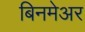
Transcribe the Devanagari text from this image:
बिनमेअर